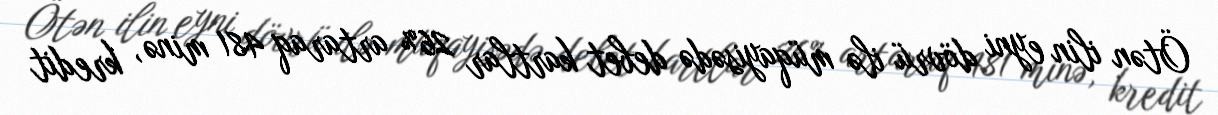
Ötən ilin eyni dövrü ilə müqayisədə debet kartlar 26% artaraq 481 minə, kredit